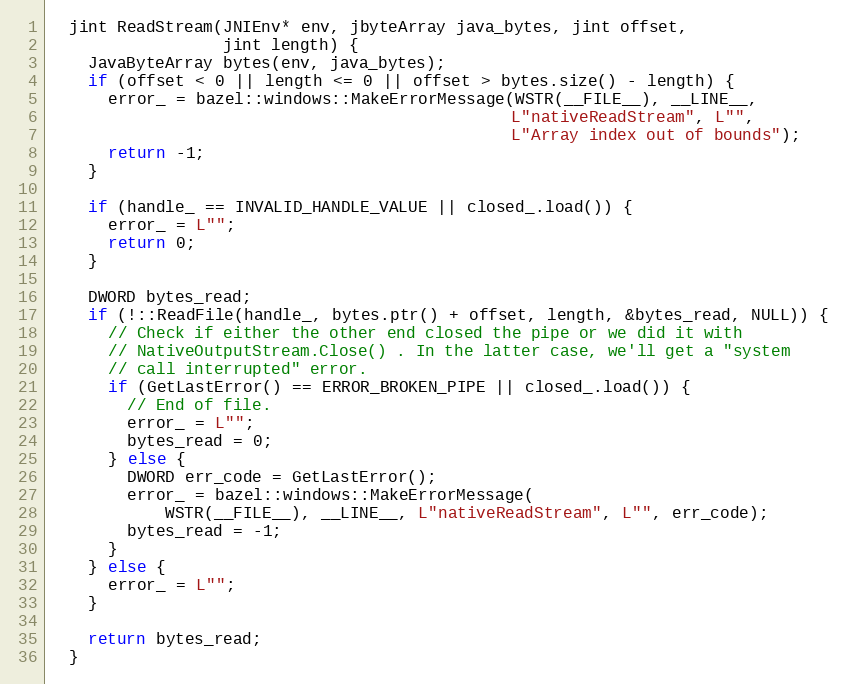
Language: C++
  jint ReadStream(JNIEnv* env, jbyteArray java_bytes, jint offset,
                  jint length) {
    JavaByteArray bytes(env, java_bytes);
    if (offset < 0 || length <= 0 || offset > bytes.size() - length) {
      error_ = bazel::windows::MakeErrorMessage(WSTR(__FILE__), __LINE__,
                                                L"nativeReadStream", L"",
                                                L"Array index out of bounds");
      return -1;
    }

    if (handle_ == INVALID_HANDLE_VALUE || closed_.load()) {
      error_ = L"";
      return 0;
    }

    DWORD bytes_read;
    if (!::ReadFile(handle_, bytes.ptr() + offset, length, &bytes_read, NULL)) {
      // Check if either the other end closed the pipe or we did it with
      // NativeOutputStream.Close() . In the latter case, we'll get a "system
      // call interrupted" error.
      if (GetLastError() == ERROR_BROKEN_PIPE || closed_.load()) {
        // End of file.
        error_ = L"";
        bytes_read = 0;
      } else {
        DWORD err_code = GetLastError();
        error_ = bazel::windows::MakeErrorMessage(
            WSTR(__FILE__), __LINE__, L"nativeReadStream", L"", err_code);
        bytes_read = -1;
      }
    } else {
      error_ = L"";
    }

    return bytes_read;
  }